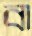
বা